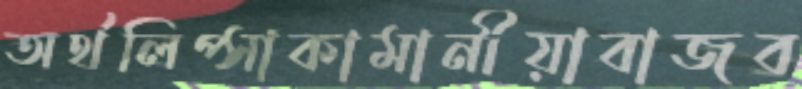
অর্থলিপ্সাকামানীয়াবাজব